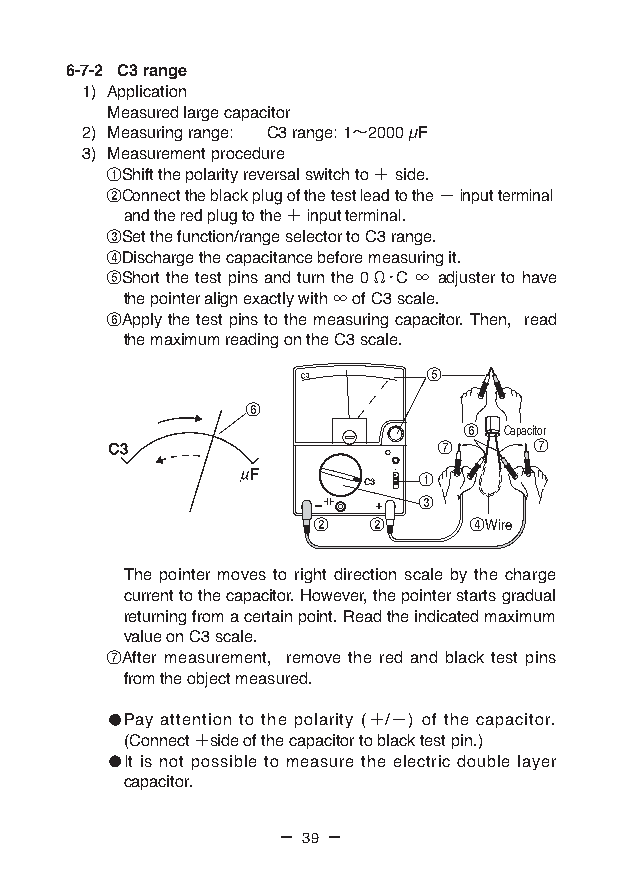
6-7-2 C3 range
 1) Application
 Measured large capacitor
 2) Measuring range: C3 range: 1〜2000 µF
 3) Measurement procedure
 ①Shift the polarity reversal switch to ＋ side.
 ②Connect the black plug of the test lead to the − input terminal
 and the red plug to the ＋ input terminal.
 ③Set the function/range selector to C3 range.
 ④Discharge the capacitance before measuring it.
 ⑤Short the test pins and turn the 0 Ω・C ∞ adjuster to have
 the pointer align exactly with ∞ of C3 scale.
 ⑥Apply the test pins to the measuring capacitor. Then, read
 the maximum reading on the C3 scale.
 C3      ⑤
 ⑥
 ⑥ Capacitor
 ⑦     ⑦
 C3  ①
 ③
 ②  ②      ④Wire
 The pointer moves to right direction scale by the charge
 current to the capacitor. However, the pointer starts gradual
 returning from a certain point. Read the indicated maximum
 value on C3 scale.
 ⑦After measurement, remove the red and black test pins
 from the object measured.
 Pay attention to the polarity (＋/−) of the capacitor.
 (Connect ＋side of the capacitor to black test pin.)
 It is not possible to measure the electric double layer
 capacitor.
 — 39 —